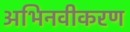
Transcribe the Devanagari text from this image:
अभिनवीकरण